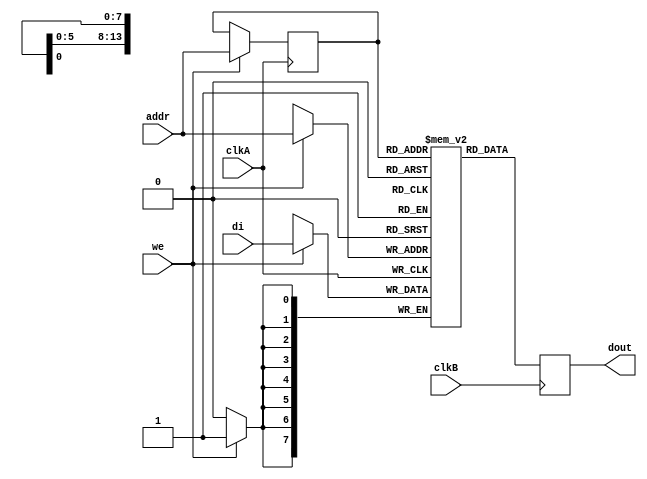

module rams_reg_io_sp_dc_16384x8 (clkA, clkB, we, addr, di, dout);
input clkA;
input clkB;
input we;
input [13:0] addr;
input [7:0] di;
output [7:0] dout;

reg [13:0] addr_reg;
reg [7:0] RAM [16383:0];
reg [7:0] dout;

always @(posedge clkA)
    begin
        if (we)
        begin
            RAM[addr] <= di;
            addr_reg <= addr;
        end
    end

always @ (posedge clkB) 
    begin
        dout <= RAM[addr_reg]; 
    end
endmodule